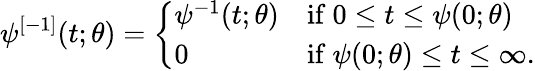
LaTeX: \psi^{[-1]}(t;\theta)=\left\{ {\begin{array}{ll}{\psi^{-1}(t;\theta)}&{{\mathrm{if~}}0\leq t\leq\psi(0;\theta)}\\ {0}&{{\mathrm{if~}}\psi(0;\theta)\leq t\leq\infty.}\end{array}}\right.